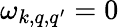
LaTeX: \omega_{k,q,q^{\prime}}=0